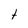
Character: e